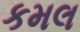
કમલ